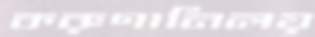
করুণানিলয়